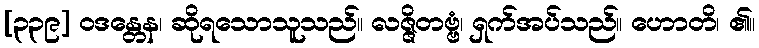
[၃၃၉] ဝဒန္တေန၊ ဆိုရသောသူသည်။ လဇ္ဇိတဗ္ဗံ၊ ရှက်အပ်သည်။ ဟောတိ၊ ၏။